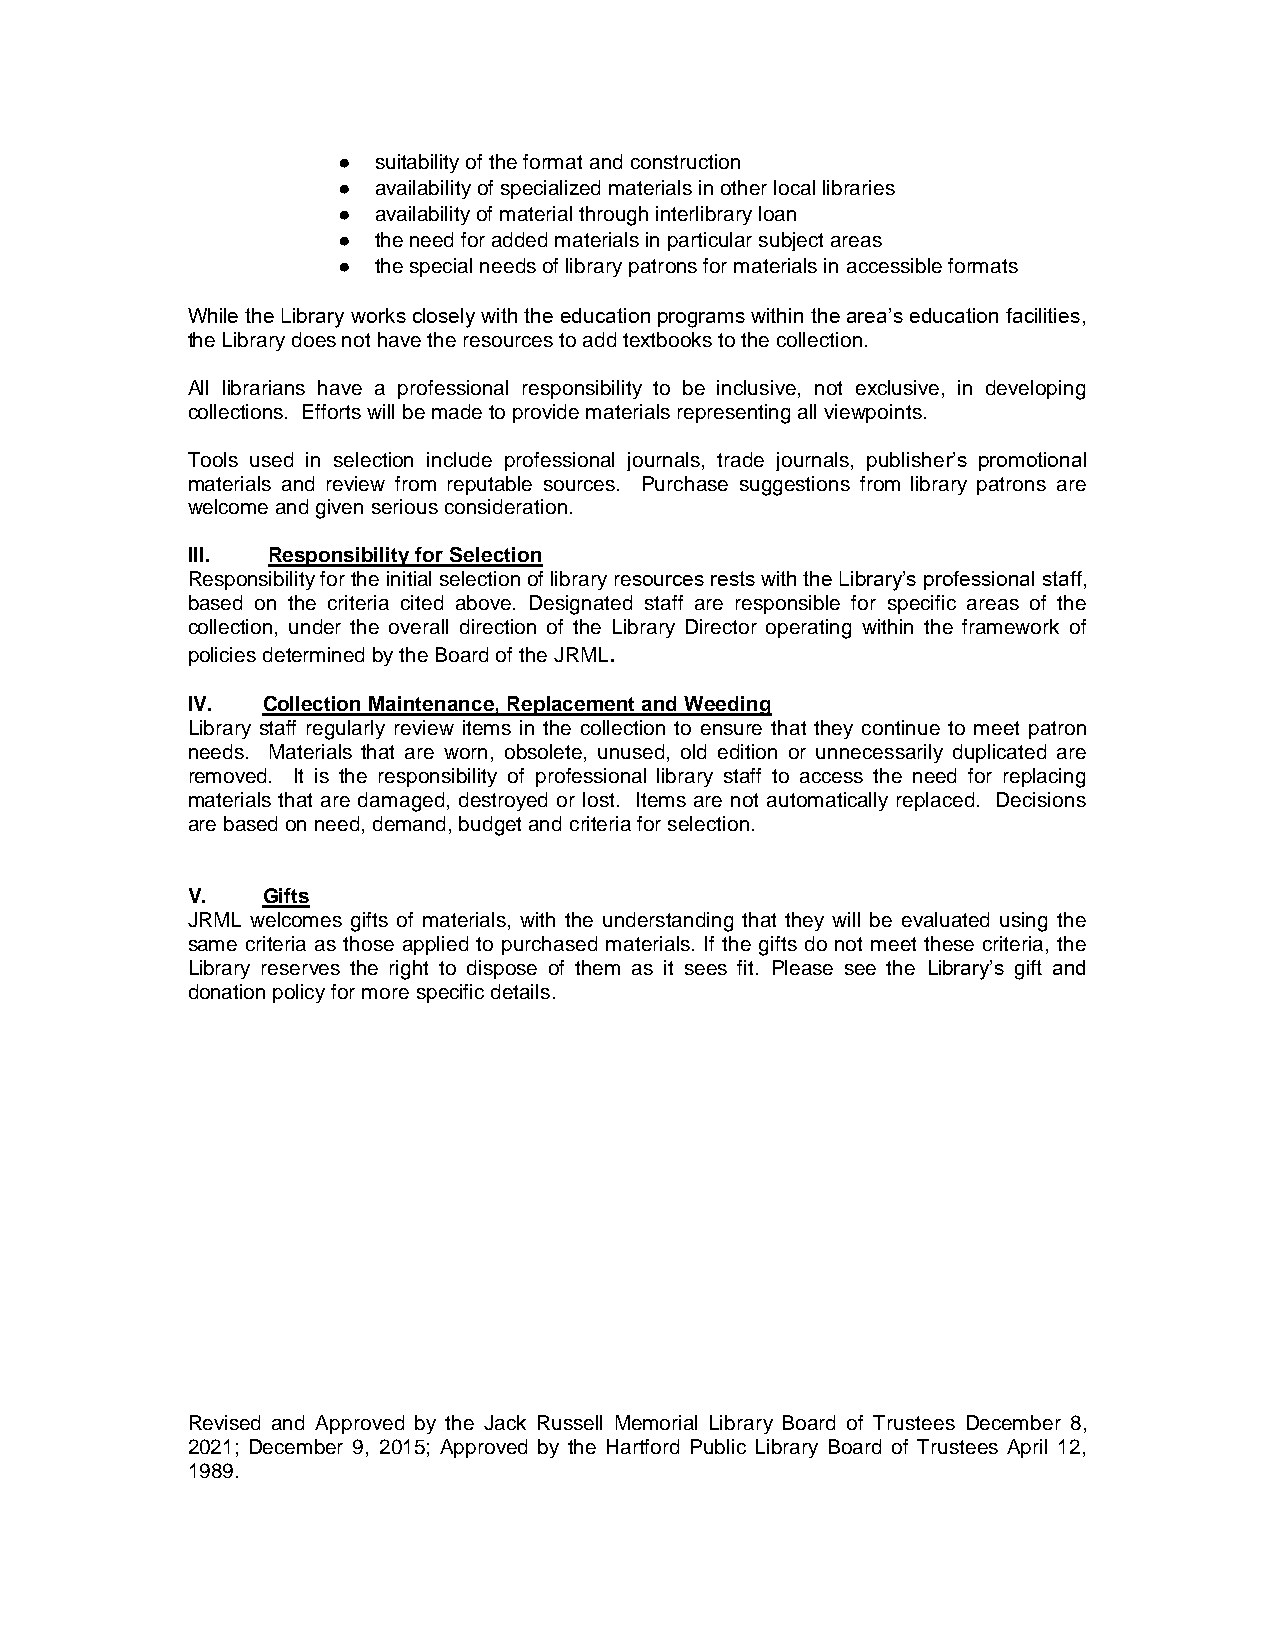
●  suitability of the format and construction
 ●  availability of specialized materials in other local libraries
 ●  availability of material through interlibrary loan
 ●  the need for added materials in particular subject areas
 ●  the special needs of library patrons for materials in accessible formats
 While the Library works closely with the education programs within the area’s education facilities,
 the Library does not have the resources to add textbooks to the collection.
 All librarians have a professional responsibility to be inclusive, not exclusive, in developing
 collections. Efforts will be made to provide materials representing all viewpoints.
 Tools used in selection include professional journals, trade journals, publisher’s promotional
 materials and review from reputable sources. Purchase suggestions from library patrons are
 welcome and given serious consideration.
 III.  Responsibility for Selection
 Responsibility for the initial selection of library resources rests with the Library’s professional staff,
 based on the criteria cited above. Designated staff are responsible for specific areas of the
 collection, under the overall direction of the Library Director operating within the framework of
 policies determined by the Board of the JRML.
 IV.  Collection Maintenance, Replacement and Weeding
 Library staff regularly review items in the collection to ensure that they continue to meet patron
 needs. Materials that are worn, obsolete, unused, old edition or unnecessarily duplicated are
 removed. It is the responsibility of professional library staff to access the need for replacing
 materials that are damaged, destroyed or lost. Items are not automatically replaced. Decisions
 are based on need, demand, budget and criteria for selection.
 V.   Gifts
 JRML welcomes gifts of materials, with the understanding that they will be evaluated using the
 same criteria as those applied to purchased materials. If the gifts do not meet these criteria, the
 Library reserves the right to dispose of them as it sees fit. Please see the Library’s gift and
 donation policy for more specific details.
 Revised and Approved by the Jack Russell Memorial Library Board of Trustees December 8,
 2021; December 9, 2015; Approved by the Hartford Public Library Board of Trustees April 12,
 1989.